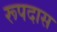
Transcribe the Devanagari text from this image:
रूपदास